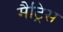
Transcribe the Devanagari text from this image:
मैट्रिस